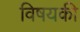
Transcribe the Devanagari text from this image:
विषयकी